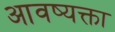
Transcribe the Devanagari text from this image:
आवष्यक्ता